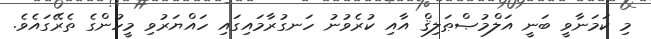
މި ކަމަނާވީ ބަނީ އަލްމުޞްޠަލިޤް އާއި ކުރެވުނު ހަނގުރާމައިގައި ހައްޔަރުވި މީހުންގެ ތެރޭގައެވެ.